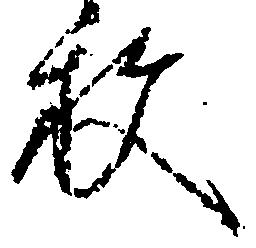
枚